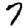
Digit: 7